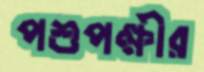
পশুপক্ষীর